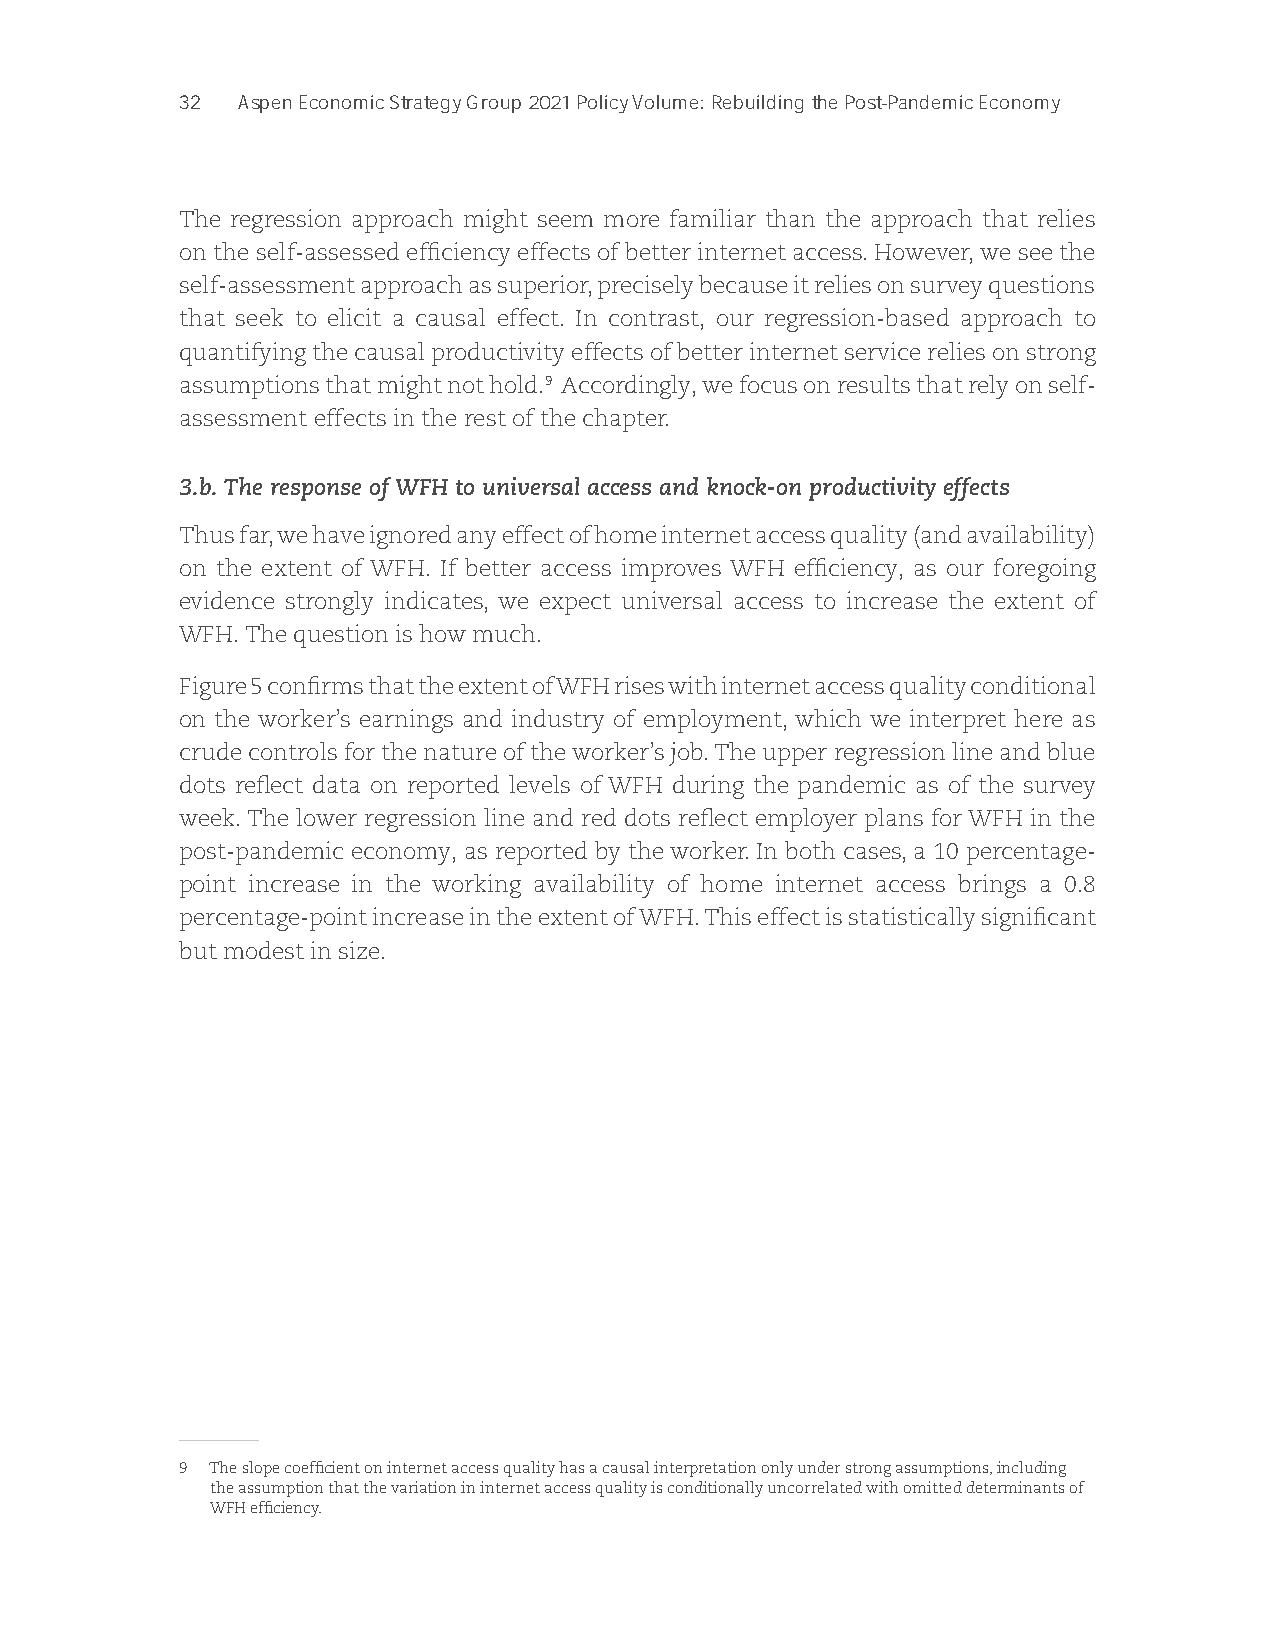
32  Part I: The Post-Pandemic Economic Recovery
 The regression approach might seem more familiar than the approach that relies
 on the self-assessed efficiency effects of better internet access. However, we see the
 self-assessment approach as superior, precisely because it relies on survey questions
 that seek to elicit a causal effect. In contrast, our regression-based approach to
 quantifying the causal productivity effects of better internet service relies on strong
 assumptions that might not hold.9 Accordingly, we focus on results that rely on self-
 assessment effects in the rest of the chapter.
 3.b. The response of WFH to universal access and knock-on productivity effects
 Thus far, we have ignored any effect of home internet access quality (and availability)
 on the extent of WFH. If better access improves WFH efficiency, as our foregoing
 evidence strongly indicates, we expect universal access to increase the extent of
 WFH. The question is how much.
 Figure 5 confirms that the extent of WFH rises with internet access quality conditional
 on the worker’s earnings and industry of employment, which we interpret here as
 crude controls for the nature of the worker’s job. The upper regression line and blue
 dots reflect data on reported levels of WFH during the pandemic as of the survey
 week. The lower regression line and red dots reflect employer plans for WFH in the
 post-pandemic economy, as reported by the worker. In both cases, a 10 percentage-
 point increase in the working availability of home internet access brings a 0.8
 percentage-point increase in the extent of WFH. This effect is statistically significant
 but modest in size.
 9 The slope coefficient on internet access quality has a causal interpretation only under strong assumptions, including
 the assumption that the variation in internet access quality is conditionally uncorrelated with omitted determinants of
 WFH efficiency.